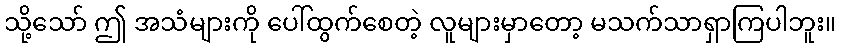
သို့သော် ဤ အသံများကို ပေါ်ထွက်စေတဲ့ လူများမှာတော့ မသက်သာရှာကြပါဘူး။